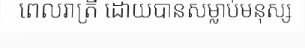
ពេលរាត្រី ដោយបានសម្លាប់មនុស្ស